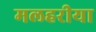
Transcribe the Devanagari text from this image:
मलहरीया